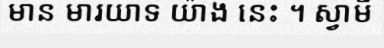
មាន មារយាទ យ៉ាង នេះ ។ ស្វាមី